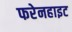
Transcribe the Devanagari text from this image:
फरेनहाइट